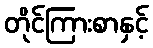
တိုင်ကြားစာနှင့်